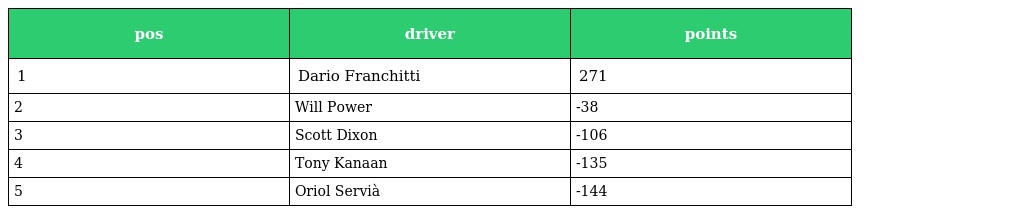
| pos | driver | points |
 | --- | --- | --- |
 | 1 | Dario Franchitti | 271 |
 | 2 | Will Power | -38 |
 | 3 | Scott Dixon | -106 |
 | 4 | Tony Kanaan | -135 |
 | 5 | Oriol Servià | -144 |